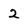
Character: 2